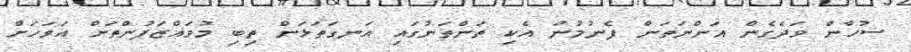
ސުހާން ވަދެގެން އަންނަތަން ފެނުމުން އެކި ތަންތަނުގައި އަނގަތަޅަން ތިބި މުވައްޒަފުންތަށް އަވަހަށް